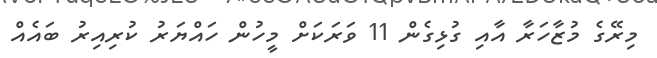
މިރޭގެ މުޒާހަރާ އާއި ގުޅިގެން 11 ވަރަކަށް މީހުން ހައްޔަރު ކުރިއިރު ބައެއް